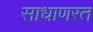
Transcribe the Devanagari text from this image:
साधाणरत